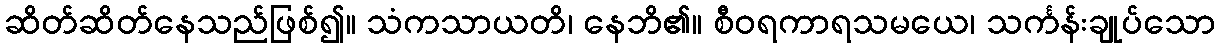
ဆိတ်ဆိတ်နေသည်ဖြစ်၍။ သံကသာယတိ၊ နေဘိ၏။ စီဝရကာရသမယေ၊ သင်္ကန်းချုပ်သော